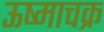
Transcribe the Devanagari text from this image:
ऊष्माचक्र